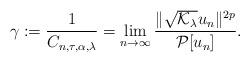
LaTeX: \begin{align*}\gamma := \frac1{C_{n,\tau,\alpha,\lambda}}=\lim_{n\rightarrow \infty} \frac{\|\sqrt{\mathcal{K}_{\lambda}}u_n\|^{2p}}{\mathcal{P}[u_n]}.\end{align*}